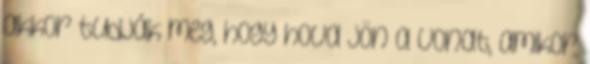
akkor tudják meg, hogy hova jön a vonat, amikor